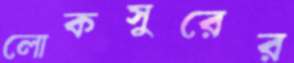
লোকসুরের